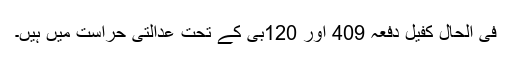
فی الحال کفیل دفعہ 409 اور 120بی کے تحت عدالتی حراست میں ہیں۔